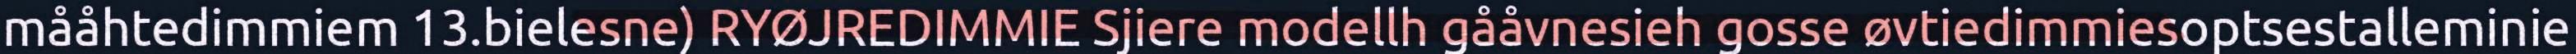
mååhtedimmiem 13.bielesne) RYØJREDIMMIE Sjiere modellh gååvnesieh gosse øvtiedimmiesoptsestalleminie